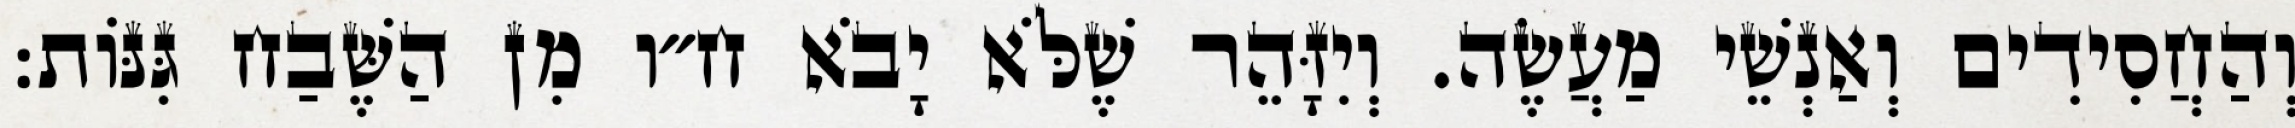
וְהַחֲסִידִים וְאַנְשֵׁי מַעֲשֶׂה. וְיִזָּהֵר שֶׁלֹּא יָבֹא ח״ו מִן הַשֶּׁבַח גִּנּוֹת: